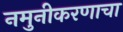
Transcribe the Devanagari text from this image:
नमुनीकरणाचा